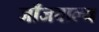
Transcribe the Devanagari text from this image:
जाँजवाल्य